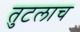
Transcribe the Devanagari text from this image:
तुटलाच